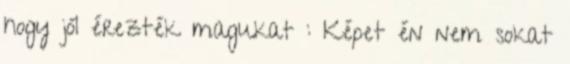
hogy jól érezték magukat : Képet én nem sokat